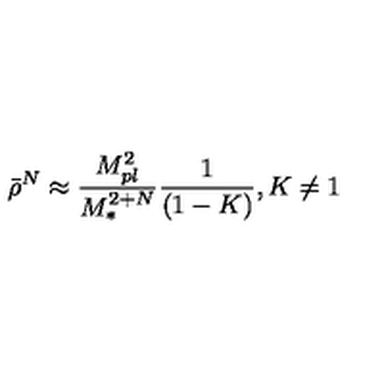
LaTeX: \bar { \rho } ^ { N } \approx \frac { M _ { p l } ^ { 2 } } { M _ { \ast } ^ { 2 + N } } \frac { 1 } { ( 1 - K ) } , K \neq 1